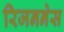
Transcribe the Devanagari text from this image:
रिजननेस